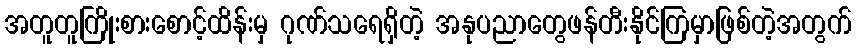
အတူတူကြိုးစားစောင့်ထိန်းမှ ဂုဏ်သရေရှိတဲ့ အနုပညာတွေဖန်တီးနိုင်ကြမှာဖြစ်တဲ့အတွက်